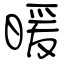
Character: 暖